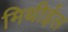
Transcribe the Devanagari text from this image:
मिथीईल